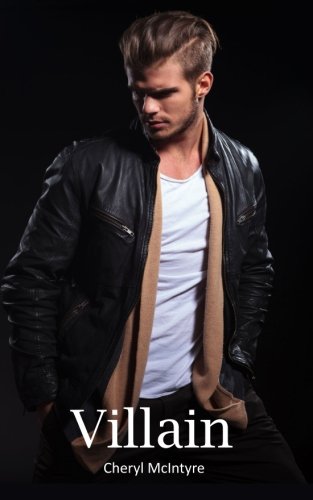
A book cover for Villain; Cheryl McIntyre; Romance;